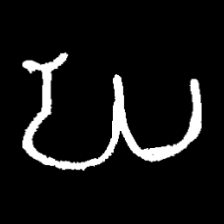
Pyu character \u2014 Myanmar letter: ဃ (romanized: gha)